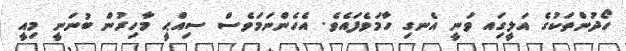
ހޯދުންތަކުގެ އަލީގަިއ ވަނީ އެނގި ހާމަވެފައެވެ. އެހެންނަމަވެސް ސިއްޙީ މާހިރުން ބުނަނީ މިއީ